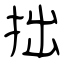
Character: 拙